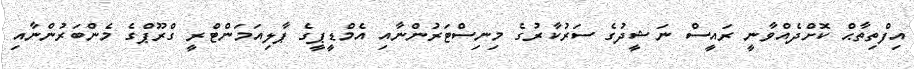
އިފްތިތާޙް ކޮށްދެއްވާނީ ރައީސް ނަޝީދުގެ ސަރުކާރުގެ މިނިސްޓަރުންނާއި އެމްޑީޕީގެ ޕާލިއަމަންޓްރީ ގްރޫޕްގެ މެންބަރުންނާއި